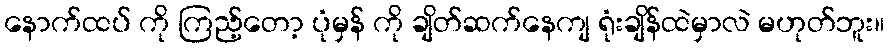
နောက်ထပ် ကို ကြည့်တော့ ပုံမှန် ကို ချိတ်ဆက်နေကျ ရုံးချိန်ထဲမှာလဲ မဟုတ်ဘူး။